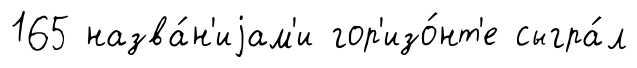
165 назва́н'иjам'и гор'изо́нт'е сыгра́л